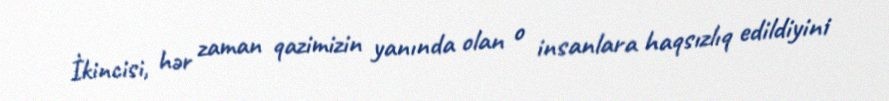
İkincisi, hər zaman qazimizin yanında olan o insanlara haqsızlıq edildiyini